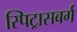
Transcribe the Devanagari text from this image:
स्पिट्रासबर्ग